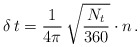
\begin{align*}\,\delta \,t = \frac{1}{4\pi}\,\sqrt{ \frac{N_t}{360}}\cdot n\,.\end{align*}